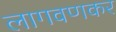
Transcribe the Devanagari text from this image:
लागवणकर